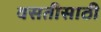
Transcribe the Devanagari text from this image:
वसतीसाठी